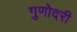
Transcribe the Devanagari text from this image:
गुणोदरी